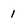
Character: 1